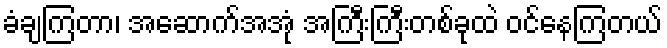
ခံချကြတာ၊ အဆောက်အအုံ အကြီးကြီးတစ်ခုထဲ ဝင်နေကြတယ်